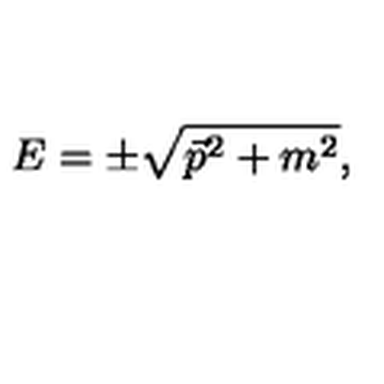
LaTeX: E = \pm \sqrt { \vec { p } ^ { 2 } + m ^ { 2 } } ,